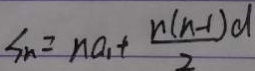
S _ { n } = n a _ { 1 } + \frac { n ( n - 1 ) d } { 2 }